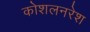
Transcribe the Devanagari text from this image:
कोशलनरेश